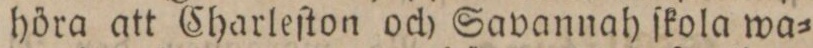
höra att Charleſton och Savannah ſkola wa=